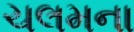
ચલમના